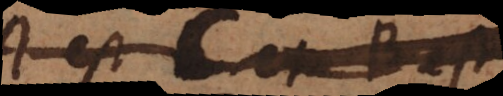
A est C et B est